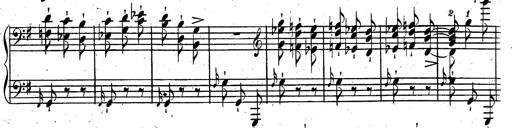
Title: Rondeau fantastique sur un thÃ¨me espagnol
Composer: Franz Liszt